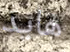
هايد